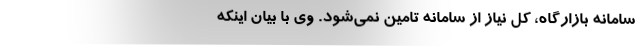
سامانه بازارگاه، کل نیاز از سامانه تامین نمی‌شود. وی با بیان اینکه